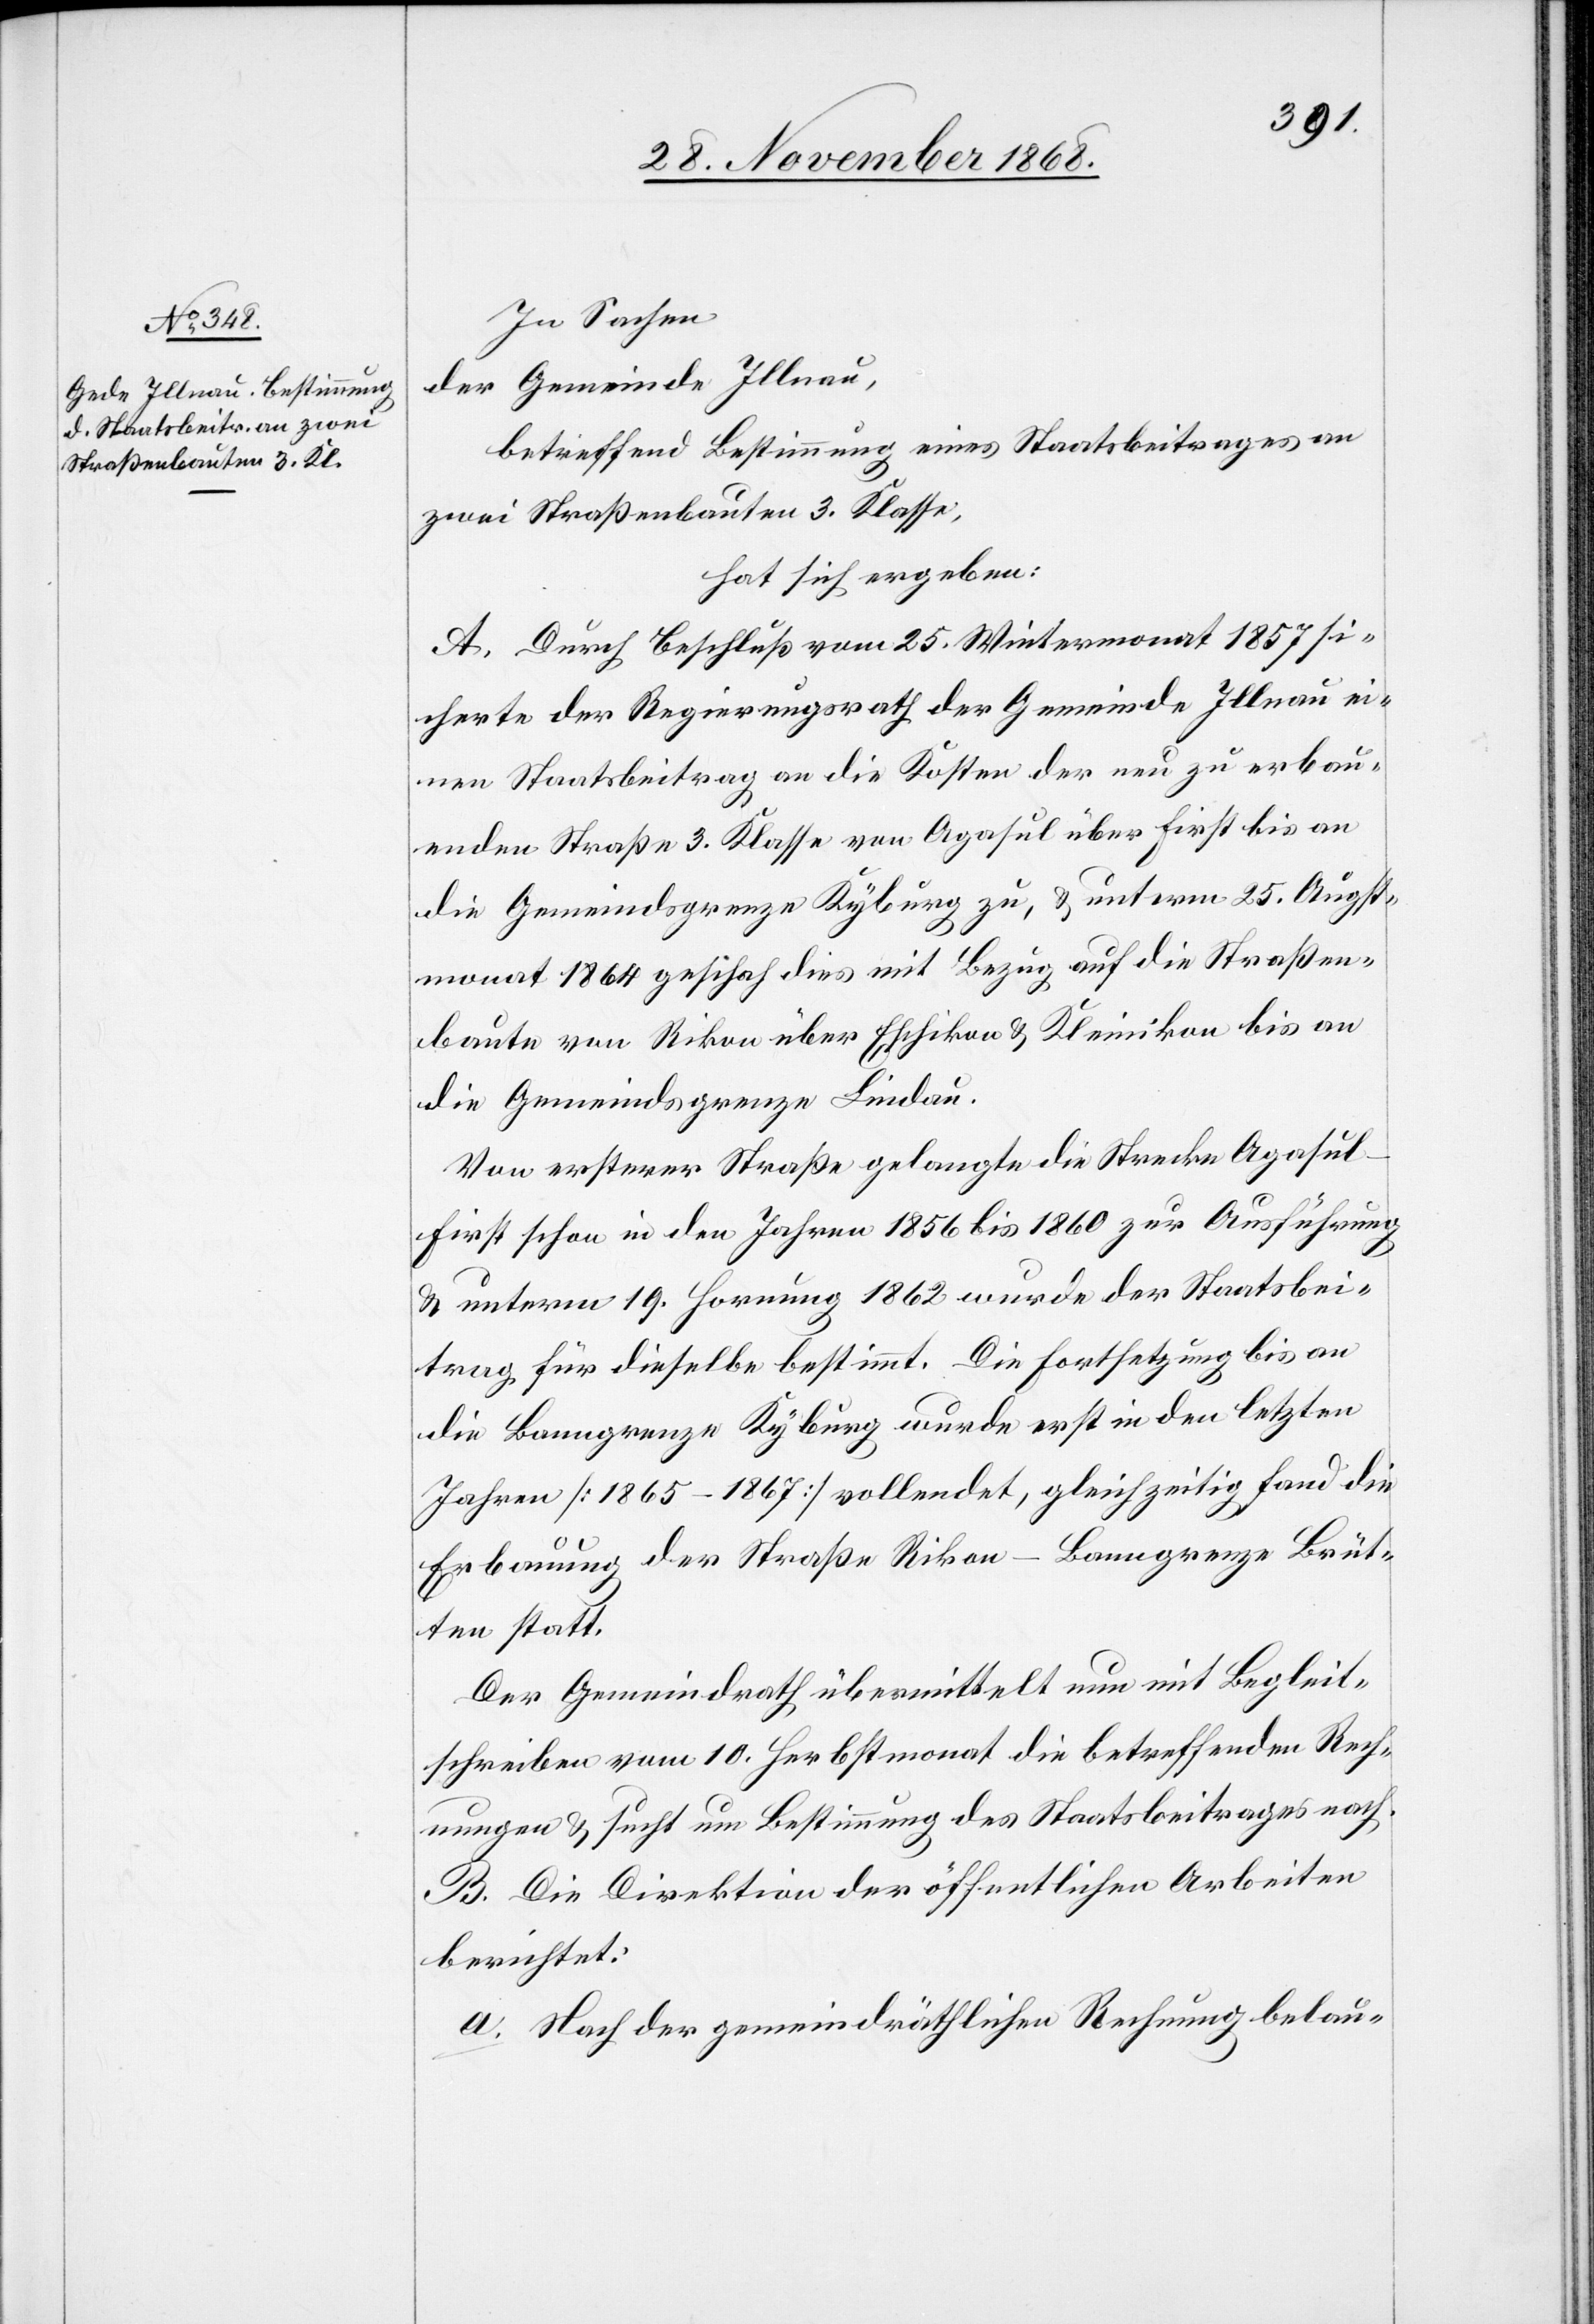
In Sachen
der Gemeinde Illnau,
betreffend Bestimmung eines Staatsbeitrages an
zwei Straßenbauten 3. Klasse,
hat sich ergeben:
A. Durch Beschluß vom 25. Wintermonat 1857 si¬
cherte der Regierungsrath der Gemeinde Illnau ei¬
nen Staatsbeitrag an die Kosten der neu zu erbau¬
enden Straße 3. Klasse von Agasul über First bis an
die Gemeindsgrenze Kyburg zu, & unterm 25. Augst¬
monat 1864 geschah dies mit Bezug auf die Straßen¬
baute von Rikon über Eschikon & Kleinikon bis an
die Gemeindsgrenze Lindau.
Von ersterer Straße gelangte die Strecke Agasu¬
l–First schon in den Jahren 1856 bis 1860 zur Ausführung
& unterm 19. Hornung 1862 wurde der Staatsbei¬
trag für dieselbe bestimmt. Die Fortsetzung bis an
die Banngrenze Kyburg wurde erst in den letzten
Jahren [1865–1867] vollendet, gleichzeitig fand die
Erbauung der Straße Rikon–Banngrenze Brüt¬
ten statt.
Der Gemeindrath übermittelt nun mit Begleit¬
schreiben vom 10. Herbstmonat die betreffenden Rech¬
nungen & sucht um Bestimmung des Staatsbeitrages nach.
B. Die Direktion der öffentlichen Arbeiten
berichtet:
a. Nach der gemeindräthlichen Rechnung belau-